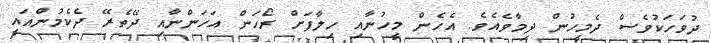
ދުވަހަކުވެސް ދެމީހުން ދިމާވެއެވެ. އެހެން މީހުނާއި ހިލާފަށް ރޯހަން އަހަންނާއި ދޭތެރޭ ދެކެމުންއައީ